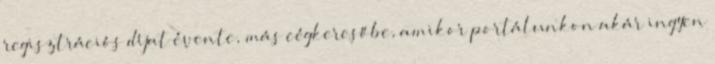
regisztrációs díjat évente, más cégkeresőbe, amikor portálunkon akár ingyen